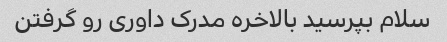
سلام بپرسید بالاخره مدرک داوری رو گرفتن